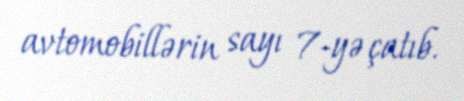
avtomobillərin sayı 7-yə çatıb.